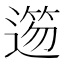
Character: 𨖃